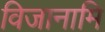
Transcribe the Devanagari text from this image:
विजानामि